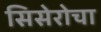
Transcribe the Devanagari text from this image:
सिसेरोचा